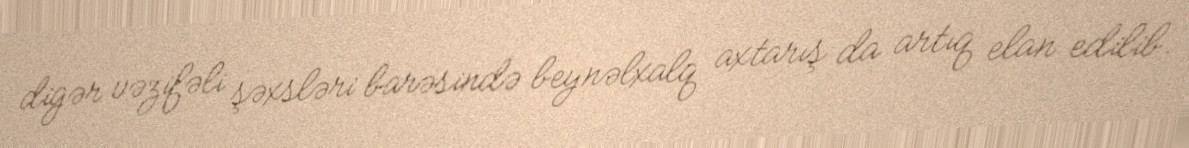
digər vəzifəli şəxsləri barəsində beynəlxalq axtarış da artıq elan edilib.